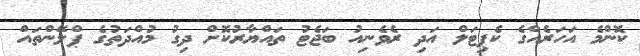
ކޮންމެ އަހަރެއްގެ ކެޕިޓަލް އަދި ރެވެނިއު ބަޖެޓު ތައްޔާރުކޮށް ދިގު މުއްދަތުގެ ޕްލޭންތައް